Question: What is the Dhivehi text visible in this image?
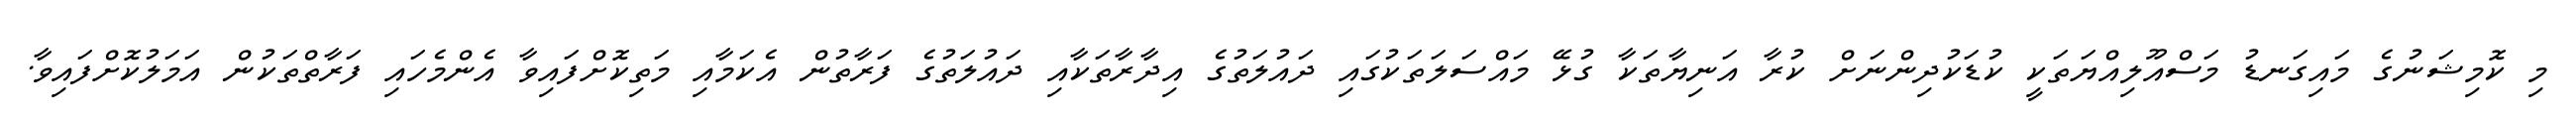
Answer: މި ކޮމިޝަނުގެ މައިގަނޑު މަސްއޫލިއްޔަތަކީ ކުޑަކުދިންނަށް ކުރާ އަނިޔާތަކާ ގުޅޭ މައްސަލަތަކުގައި ދައުލަތުގެ އިދާރާތަކާއި ދައުލަތުގެ ފަރާތުން އެކަމާއި މަތިކޮށްފައިވާ އެންމެހައި ފަރާތްތަކުން އަމަލުކޮށްފައިވާ.